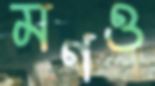
মণও